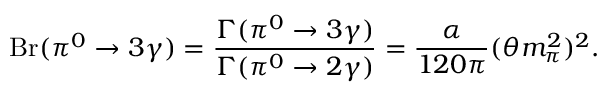
\displaystyle \mathrm { B r } ( \pi ^ { 0 } \to 3 \gamma ) = \frac { \Gamma ( \pi ^ { 0 } \to 3 \gamma ) } { \Gamma ( \pi ^ { 0 } \to 2 \gamma ) } = \frac { \alpha } { 1 2 0 \pi } ( \theta m _ { \pi } ^ { 2 } ) ^ { 2 } .